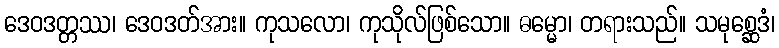
ဒေဝဒတ္တဿ၊ ဒေဝဒတ်အား။ ကုသလော၊ ကုသိုလ်ဖြစ်သော။ ဓမ္မော၊ တရားသည်။ သမုစ္ဆေဒံ၊